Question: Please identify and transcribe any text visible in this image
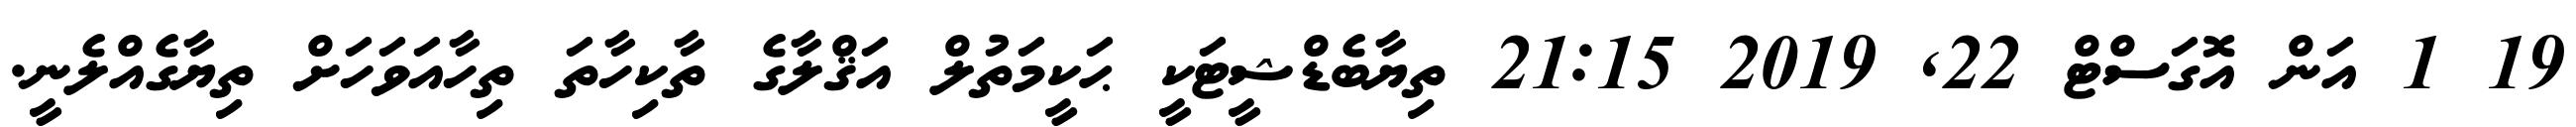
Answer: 19 1 އަން އޮގަސްޓް 22, 2019 21:15 ތިޔާބެޑްޝީޓަކީ ޙަކީމަތުލް އަޤްލާގެ ތާކިހާތަ ތިހާއަވަހަށް ތިޔާގެއްލެނީ.